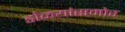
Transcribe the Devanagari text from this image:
डोळयांसमोर